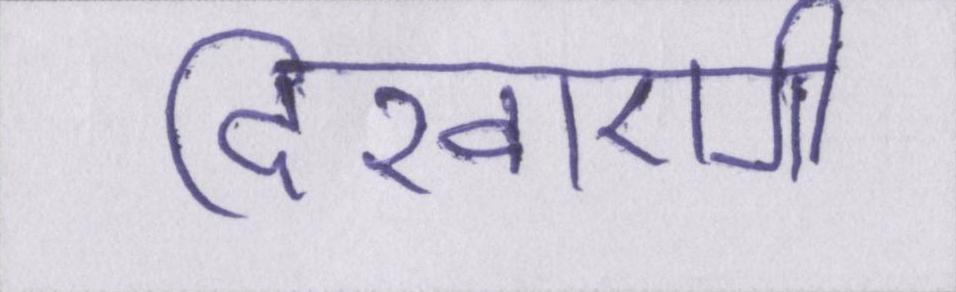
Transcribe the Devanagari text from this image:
दिखाएंगी